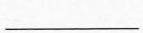
___